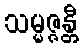
သမ္မဇ္ဇန္တီ